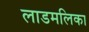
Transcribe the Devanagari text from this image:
लाडमलिका